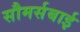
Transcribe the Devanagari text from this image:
सौमर्सबाई